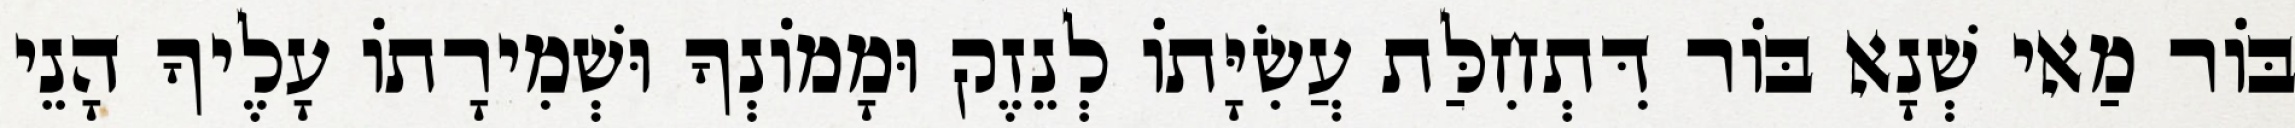
בּוֹר מַאי שְׁנָא בּוֹר דִּתְחִלַּת עֲשִׂיָּתוֹ לְנֵזֶק וּמָמוֹנְךָ וּשְׁמִירָתוֹ עָלֶיךָ הָנֵי